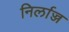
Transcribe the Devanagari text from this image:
निर्लाज्ज